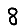
Digit: 8